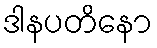
ဒါနပတိနော